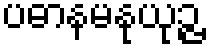
ပဓာနမနုယုဉ္ဇ